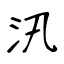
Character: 汛